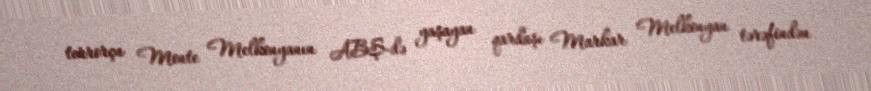
terrorçu Monte Melkonyanın ABŞ-də yaşayan qardaşı Markar Melkonyan tərəfindən